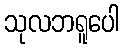
သုလဘရူပေါ